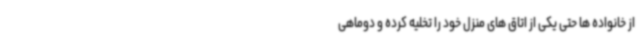
از خانواده ها حتی یکی از اتاق های منزل خود را تخلیه کرده و دوماهی